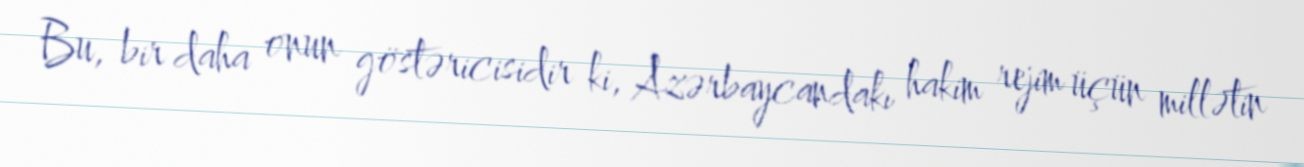
Bu, bir daha onun göstəricisidir ki, Azərbaycandakı hakim rejim üçün millətin